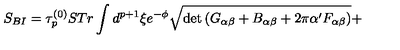
S _ { B I } = \tau _ { p } ^ { ( 0 ) } S T r \int d ^ { p + 1 } \xi e ^ { - \phi } \sqrt { \det \left( G _ { \alpha \beta } + B _ { \alpha \beta } + 2 \pi \alpha ^ { \prime } F _ { \alpha \beta } \right) } +